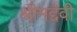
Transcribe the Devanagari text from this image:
श्रीमद्देवी